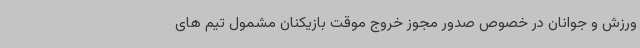
ورزش و جوانان در خصوص صدور مجوز خروج موقت بازیکنان مشمول تیم های